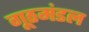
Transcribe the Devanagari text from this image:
गूठमंडल